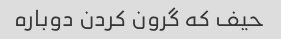
حیف که گرون کردن دوباره